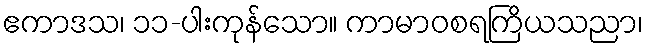
ဧကာဒသ၊ ၁၁-ပါးကုန်သော။ ကာမာဝစရကြိယသညာ၊